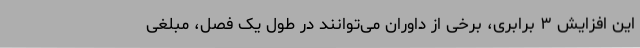
این افزایش ۳ برابری، برخی از داوران می‌توانند در طول یک فصل، مبلغی